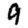
Digit: 9